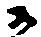
る